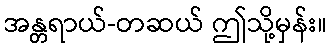
အန္တရာယ်-တဆယ် ဤသို့မှန်း။